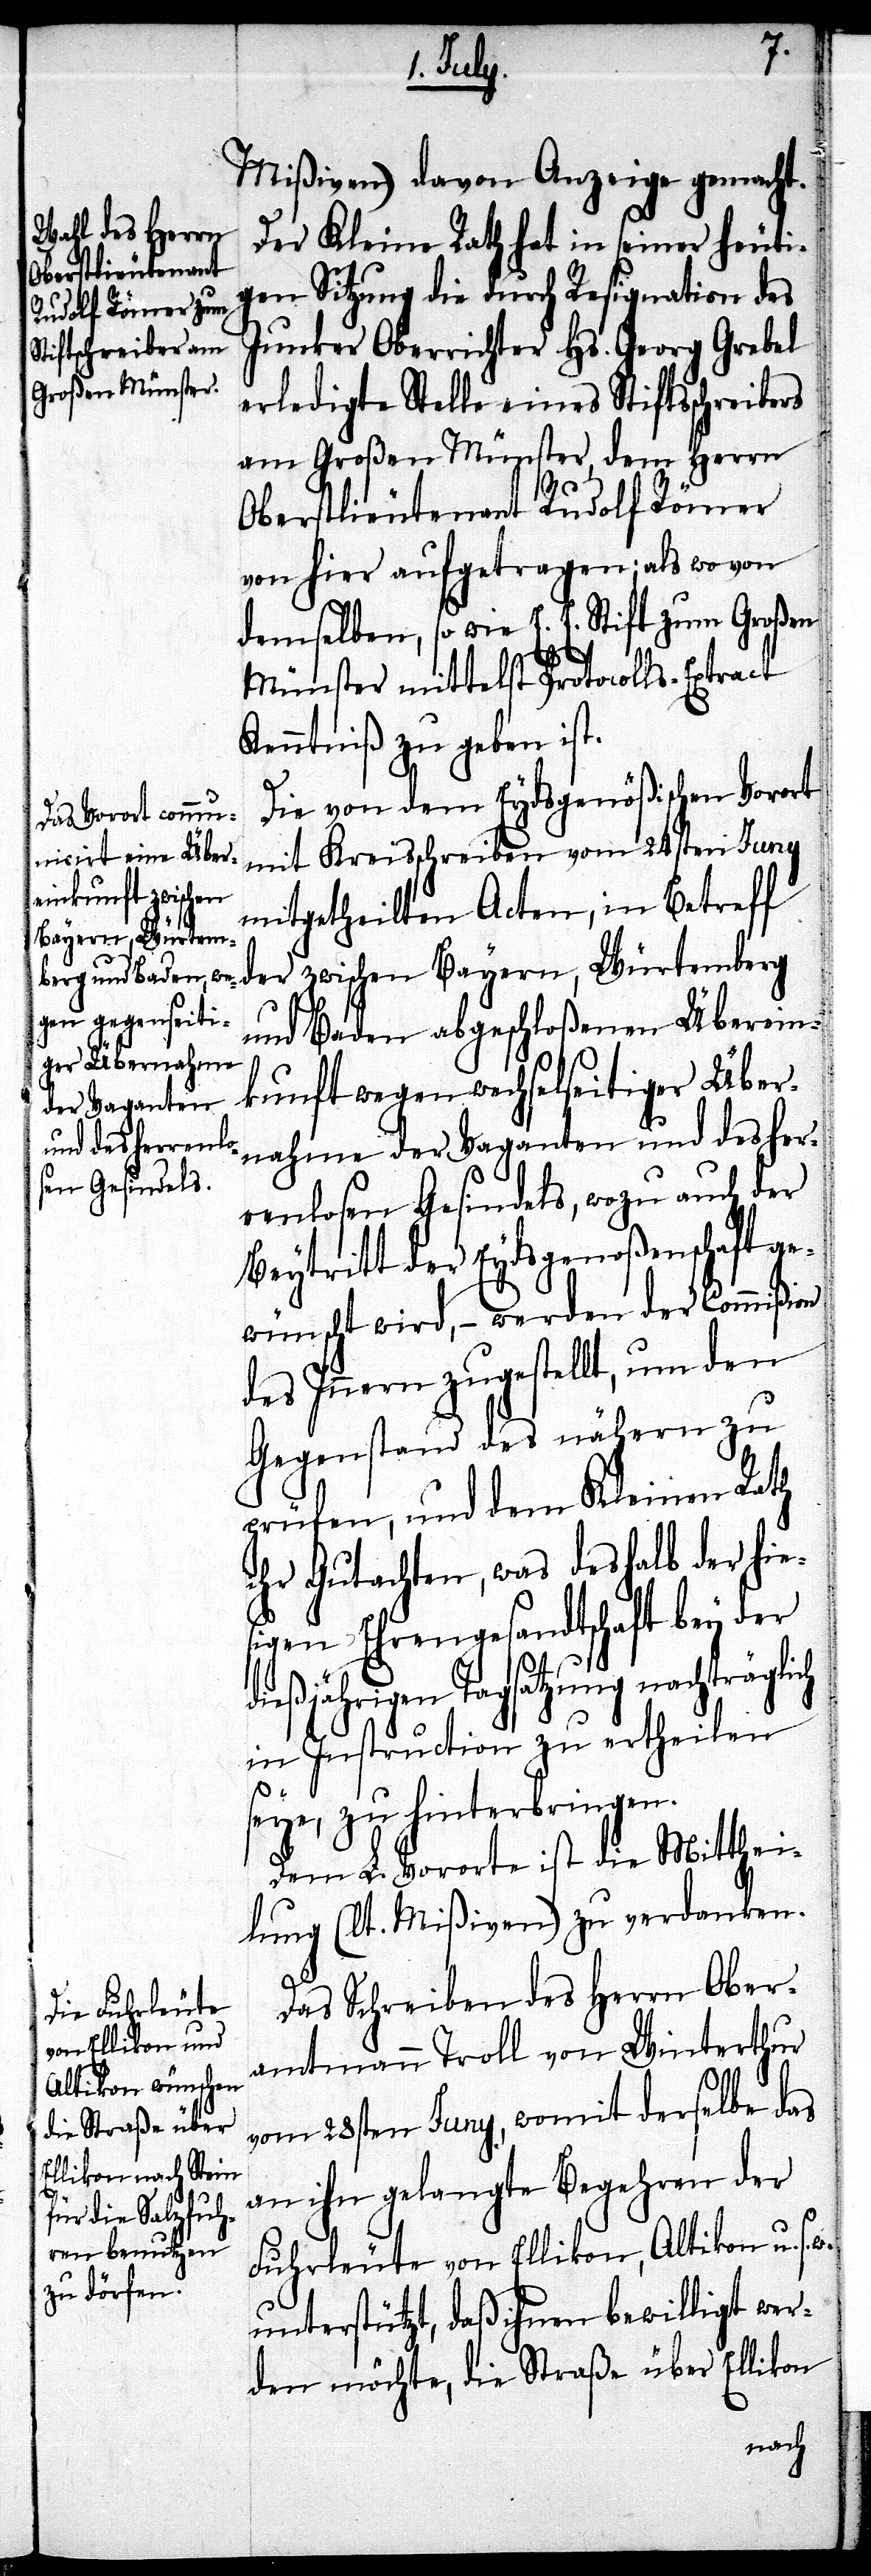
Mißiven) davon Anzeige gemacht.
Der Kleine Rath hat in seiner heuti¬
gen Sitzung die durch Resignation des
Junker Oberrichter Hs. Georg Grebel
erledigte Stelle eines Stiftsschreibers
am Großen Münster, dem Herrn
w.
Oberlieutenant Rudolf Römer
von hier aufgetragen; als wovon
demselben, so wie E. E. Stift zum Großen
Münster mittelst Protocolls-Extract
Kenntniß zu geben ist.
Die von dem Eydsgenößischen Vorort
mit Kreisschreiben vom 24sten Juny
mitgetheilten Acten, in Betreff
der zwischen Bayern, Würtemberg
und Baden abgeschloßenen Überein¬
kunft wegen wechselseitiger Über¬
nahme der Vaganten und des her¬
renlosen Gesindels, wozu auch der
Beytritt der Eydsgenoßenschaft g¬
ewünscht wird, – werden der Commißon
des Innern zugestellt, um den
Gegenstand des nähern zu
prüfen, und dem Kleinen Rath
ihr Gutachten, was deshalb der hie¬
sigen Ehrengesandtschaft bey der
dießjährigen Tagsatzung nachträglich
in Instruction zu ertheilen
seye, zu hinterbringen.
Dem L. Vororte ist die Mitthei¬
lung (lt. Mißiven) zu verdanken.
Das Schreiben des Herrn Ober¬
amtmann Troll von Winterthur
vom 28sten Juny, womit derselbe das
an ihn gelangte Begehren der
Fuhrleute von Ellikon, Altikon u. s.
unterstützt, daß ihnen bewilligt wer¬
den möchte, die Straße über Ellikon